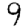
Digit: 9